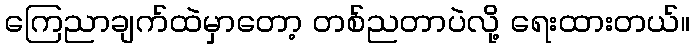
ကြေညာချက်ထဲမှာတော့ တစ်ညတာပဲလို့ ရေးထားတယ်။